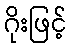
ဂိုးဖြင့်